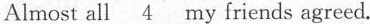
Almost all \underline{4 } my friends agreed.